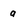
Character: a